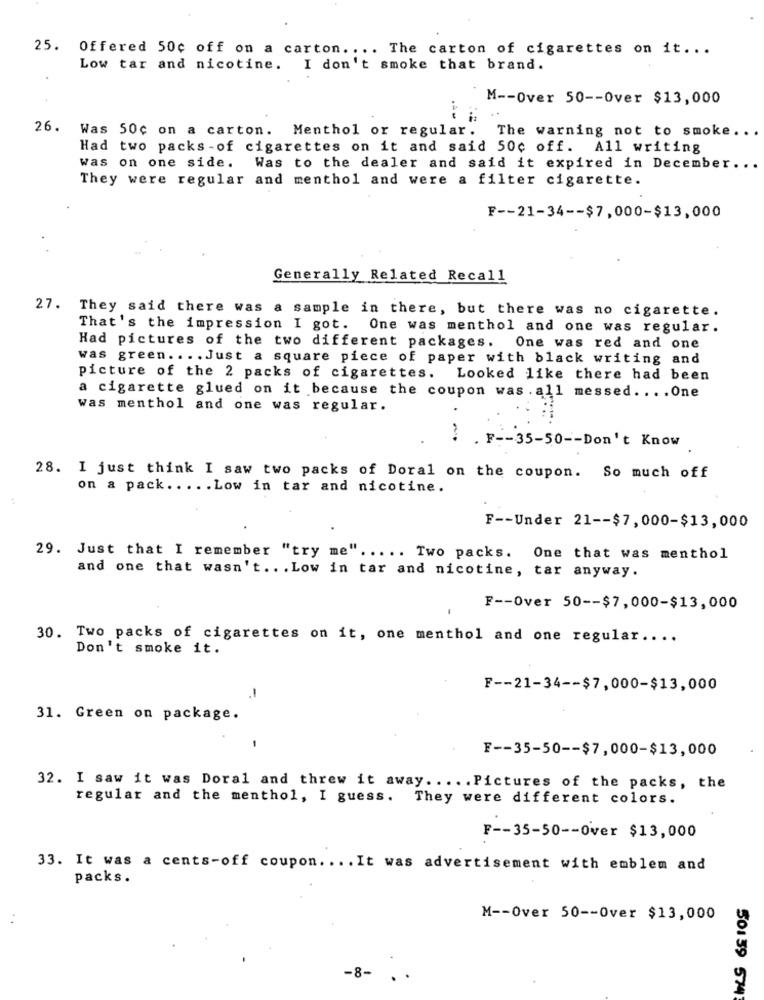
25. Offered 50c off on a carton .... The carton of cigarettes on it ...
Low tar and nicotine.
I don't smoke that brand.
M -- Over 50 -- Over $13,000
.4
26. Was 50c on a carton. Menthol or regular. The warning not to smoke ...
Had two packs -of cigarettes on it and said 50c off. All writing
was on one side.
Was to the dealer and said it expired in December ...
They were regular and menthol and were a filter cigarette.
F -- 21-34 -- $7,000-$13,000
Generally Related Recall
27. They said there was a sample in there, but there was no cigarette.
That's the impression I got. One was menthol and one was regular.
Had pictures of the two different packages. One was red and one
was green .... Just a square piece of paper with black writing and
picture of the 2 packs of cigarettes. Looked like there had been
a cigarette glued on it because the coupon was . all messed .... One
was menthol and one was regular.
: . F -- 35-50 -- Don't Know
28. I just think I saw two packs of Doral on the coupon. So much off
on a pack ..... Low in tar and nicotine.
F -- Under 21 -- $7,000-$13,000
29. Just that I remember "try me" ..... Two packs. One that was menthol
and one that wasn't .. . Low in tar and nicotine, tar anyway.
F -- Over 50 -- $7,000-$13,000
30. Two packs of cigarettes on it, one menthol and one regular ....
Don't smoke it.
F -- 21-34 -- $7,000-$13,000
1
31. Green on package.
F -- 35-50 -- $7,000-$13,000
32. I saw it was Doral and threw it away ..... Pictures of the packs, the
regular and the menthol, I guess. They were different colors.
F -- 35-50 -- Over $13,000
33. It was a cents-off coupon. ... It was advertisement with emblem and
packs.
M -- Over 50 -- Over $13,000
-8-
50139 574